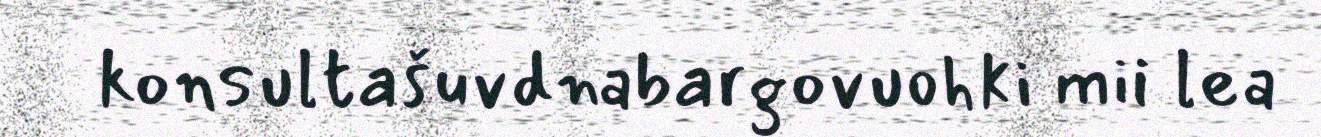
konsultašuvdnabargovuohki mii lea